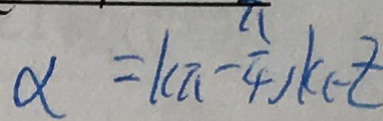
\alpha = k \pi - \frac { \pi } { 4 } ) k \in z